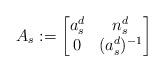
LaTeX: \begin{align*}A_s := \begin{bmatrix} a^d_s & n^d_s\\ 0& (a^d_s)^{-1} \end{bmatrix}\end{align*}